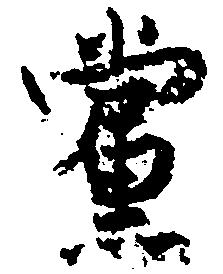
党